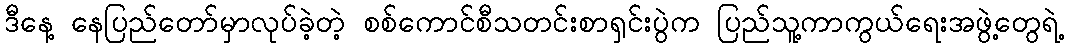
ဒီနေ့ နေပြည်တော်မှာလုပ်ခဲ့တဲ့ စစ်ကောင်စီသတင်းစာရှင်းပွဲက ပြည်သူ့ကာကွယ်ရေးအဖွဲ့တွေရဲ့